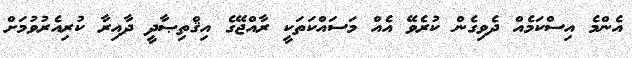
އެންމެ އިސްކަމެއް ދެވިގެން ކުރެވޭ އެއް މަސައްކަތަކީ ރާއްޖޭގެ އިޤްތިޞާދީ ދާއިރާ ކުރިއެރުވުމަށް